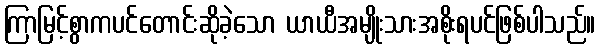
ကြာမြင့်စွာကပင်တောင်းဆိုခဲ့သော ယာယီအမျိုးသားအစိုးရပင်ဖြစ်ပါသည်။